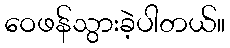
ဝေဖန်သွားခဲ့ပါတယ်။